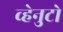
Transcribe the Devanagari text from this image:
व्हेनुटो